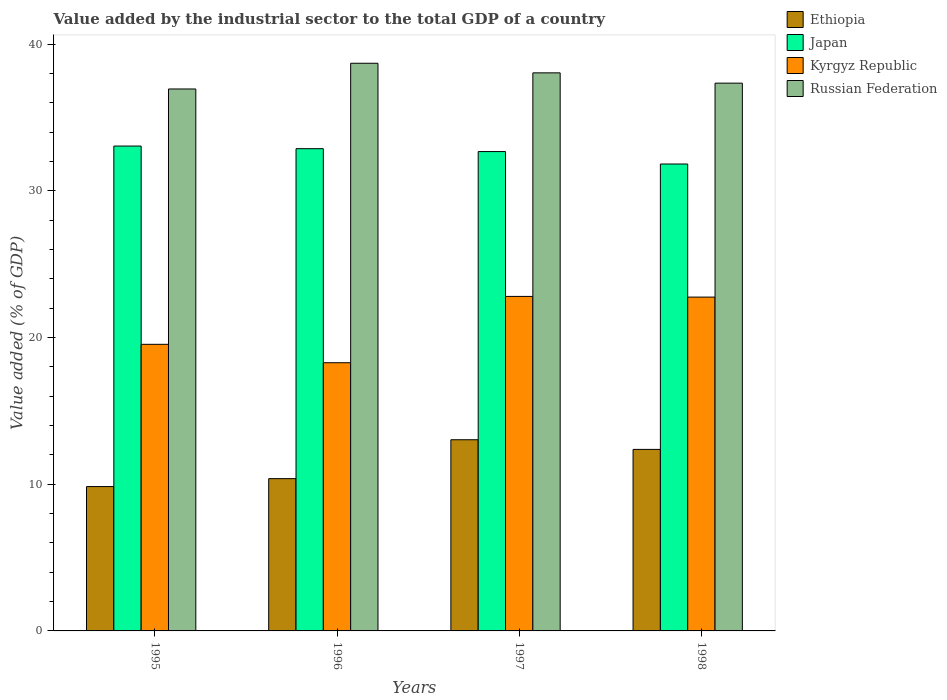
| Years | Ethiopia | Japan | Kyrgyz Republic | Russian Federation |
 | --- | --- | --- | --- | --- |
 | 1995 | 9.84 | 33.1 | 19.5 | 37 |
 | 1996 | 10.4 | 32.9 | 18.3 | 38.7 |
 | 1997 | 13 | 32.7 | 22.8 | 38.1 |
 | 1998 | 12.4 | 31.8 | 22.8 | 37.4 |